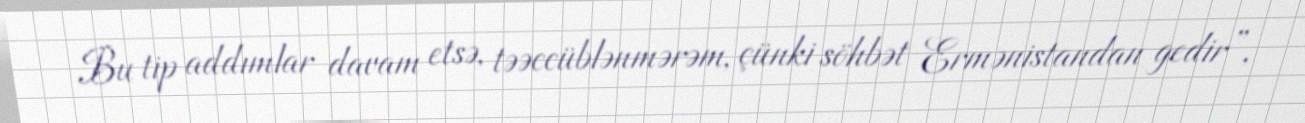
Bu tip addımlar davam etsə, təəccüblənmərəm, çünki söhbət Ermənistandan gedir”,